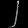
Digit: ၂